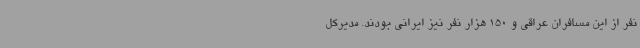
نفر از این مسافران عراقی و 150 هزار نفر نیز ایرانی بودند. مدیرکل